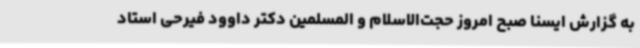
به گزارش ایسنا صبح امروز حجت‌الاسلام و المسلمین دکتر داوود فیرحی استاد